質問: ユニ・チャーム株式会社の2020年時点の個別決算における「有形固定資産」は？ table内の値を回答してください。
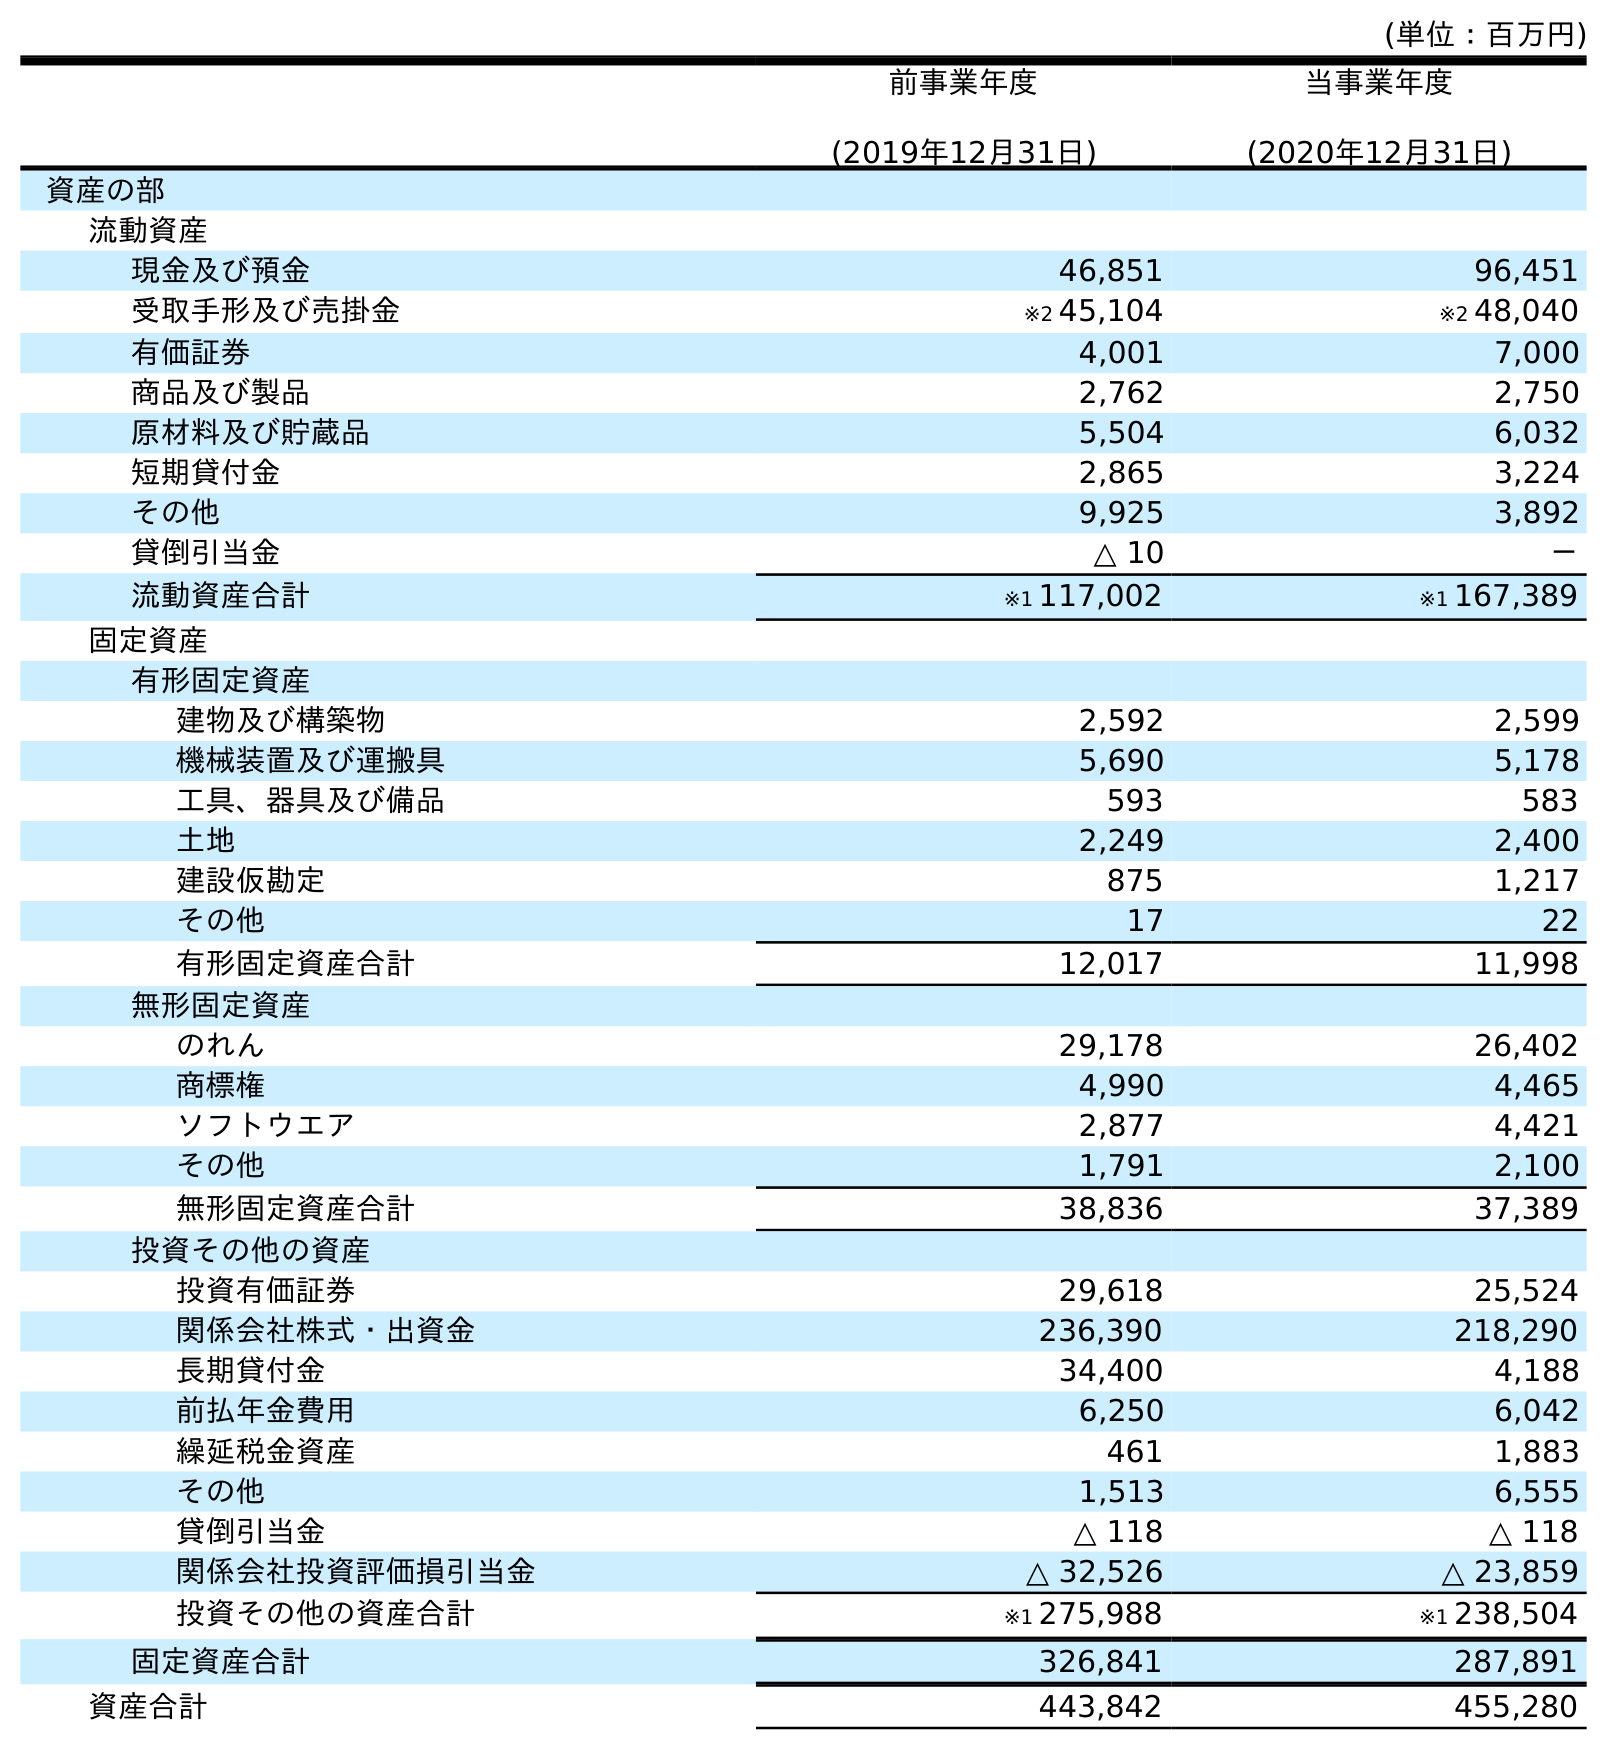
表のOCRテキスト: (単位：百万円) 前事業年度 (2019年12月31日) 当事業年度 (2020年12月31日) 資産の部 流動資産 現金及び預金 46,851 96,451 受取手形及び売掛金 ※2 45,104 ※2 48,040 有価証券 4,001 7,000 商品及び製品 2,762 2,750 原材料及び貯蔵品 5,504 6,032 短期貸付金 2,865 3,224 その他 9,925 3,892 貸倒引当金 △ 10 － 流動資産合計 ※1 117,002 ※1 167,389 固定資産 有形固定資産 建物及び構築物 2,592 2,599 機械装置及び運搬具 5,690 5,178 工具、器具及び備品 593 583 土地 2,249 2,400 建設仮勘定 875 1,217 その他 17 22 有形固定資産合計 12,017 11,998 無形固定資産 のれん 29,178 26,402 商標権 4,990 4,465 ソフトウエア 2,877 4,421 その他 1,791 2,100 無形固定資産合計 38,836 37,389 投資その他の資産 投資有価証券 29,618 25,524 関係会社株式・出資金 236,390 218,290 長期貸付金 34,400 4,188 前払年金費用 6,250 6,042 繰延税金資産 461 1,883 その他 1,513 6,555 貸倒引当金 △ 118 △ 118 関係会社投資評価損引当金 △ 32,526 △ 23,859 投資その他の資産合計 ※1 275,988 ※1 238,504 固定資産合計 326,841 287,891 資産合計 443,842 455,280
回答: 11,998